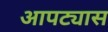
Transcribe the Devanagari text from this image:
आपट्यास